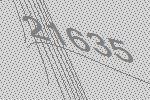
21635